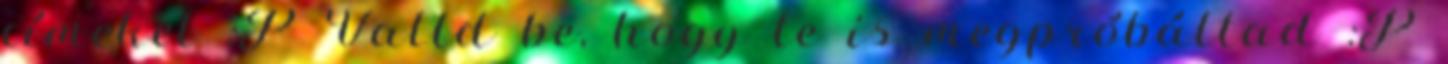
címeket :P Valld be, hogy te is megpróbáltad :P